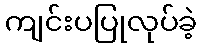
ကျင်းပပြုလုပ်ခဲ့